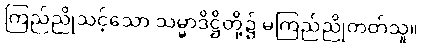
ကြည်ညိုသင့်သော သမ္မာဒိဋ္ဌိတို့၌ မကြည်ညိုတတ်သူ။